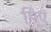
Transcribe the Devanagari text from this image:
पिएं